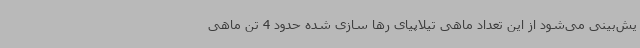
یش‌بینی می‌شود از این تعداد ماهی تیلاپیای رها سازی شده حدود 4 تن ماهی